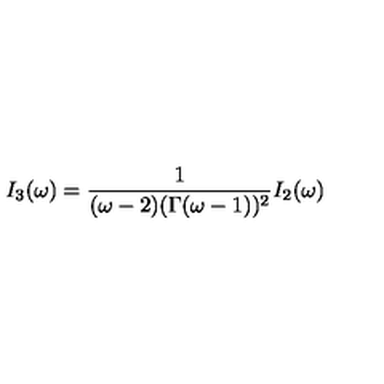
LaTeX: I _ { 3 } ( \omega ) = \frac { 1 } { ( \omega - 2 ) ( \Gamma ( \omega - 1 ) ) ^ { 2 } } I _ { 2 } ( \omega )